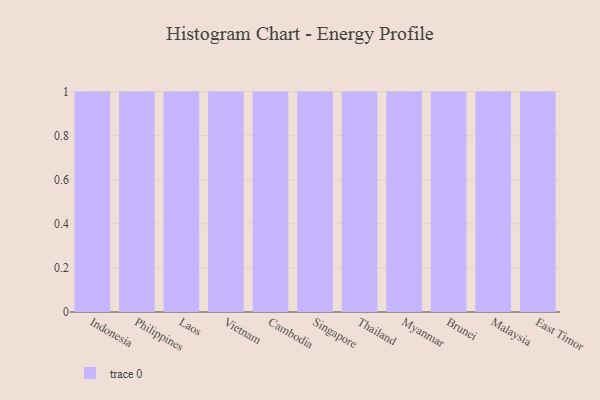
{"axis": {"x": "Country", "y": "Market Share (%)"}, "legend": [""], "data": [{"x": "Indonesia", "y": 16, "type": ""}, {"x": "Philippines", "y": 62, "type": ""}, {"x": "Laos", "y": 22, "type": ""}, {"x": "Vietnam", "y": 70, "type": ""}, {"x": "Cambodia", "y": 88, "type": ""}, {"x": "Singapore", "y": 41, "type": ""}, {"x": "Thailand", "y": 41, "type": ""}, {"x": "Myanmar", "y": 90, "type": ""}, {"x": "Brunei", "y": 37, "type": ""}, {"x": "Malaysia", "y": 43, "type": ""}, {"x": "East Timor", "y": 59, "type": ""}]}